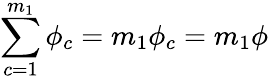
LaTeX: \sum_{c=1}^{m_{1}}\phi_{c}=m_{1}\phi_{c}=m_{1}\phi